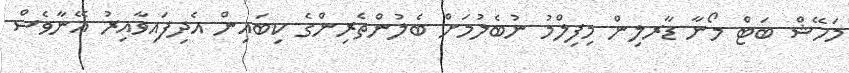
މަހޭޝް ބަޓް މޯނާ ޑާރލިން މިފިލްމު ނުބެލުމަށް ބެލުންތެރިންގެ ކިބައިން އެދިފައިވާއިރު އޭނާވެސް